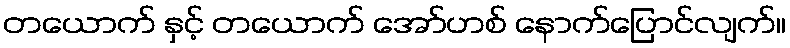
တယောက် နှင့် တယောက် အော်ဟစ် နောက်ပြောင်လျက်။